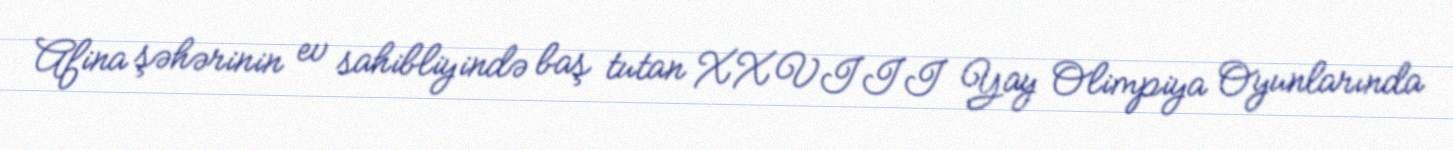
Afina şəhərinin ev sahibliyində baş tutan XXVIII Yay Olimpiya Oyunlarında